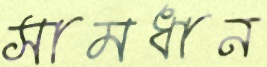
সামধান